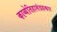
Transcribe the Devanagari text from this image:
काव्येतिहासंग्रहकार